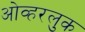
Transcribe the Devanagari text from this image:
ओव्हरलुक